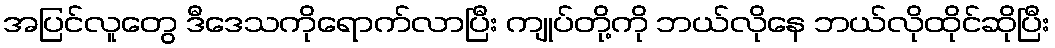
အပြင်လူတွေ ဒီဒေသကိုရောက်လာပြီး ကျုပ်တို့ကို ဘယ်လိုနေ ဘယ်လိုထိုင်ဆိုပြီး